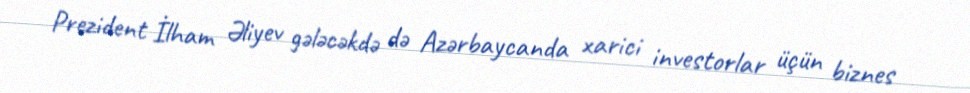
Prezident İlham Əliyev gələcəkdə də Azərbaycanda xarici investorlar üçün biznes